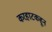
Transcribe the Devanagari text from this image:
करहाटकहून